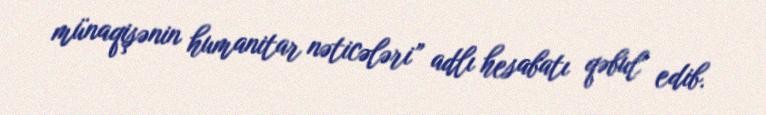
münaqişənin humanitar nəticələri” adlı hesabatı qəbul edib.